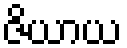
ဇိယာယ